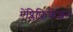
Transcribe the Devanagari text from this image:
ऐंप्लिफ़िकेशन